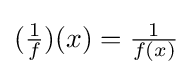
({\tfrac {1}{f}})(x)={\tfrac {1}{f(x)}}